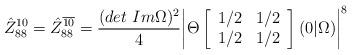
LaTeX: \begin{align*}\hat {Z}_{88}^{10}= \hat {Z} _{88}^{\overline {10}} = \frac {(det \ Im \Omega)^2}{4} \biggl\vert \Theta \left[ \begin {array}{ll} 1/2 & 1/2\\1/2 & 1/2\end{array} \right] (0 \vert \Omega ) \biggr\vert ^8\end{align*}